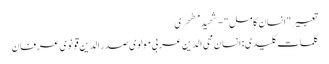
تعبیر " انسان کامل " - شهید مطهری
کلمات کلیدی : انسان محی الدین عربی مولوی صدر الدین قونوی عرفان